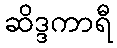
ဆိဒ္ဒကာရီ